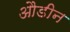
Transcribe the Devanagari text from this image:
औडीन